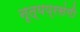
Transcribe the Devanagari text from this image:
नृत्यप्रसंगी